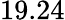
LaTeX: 19.24